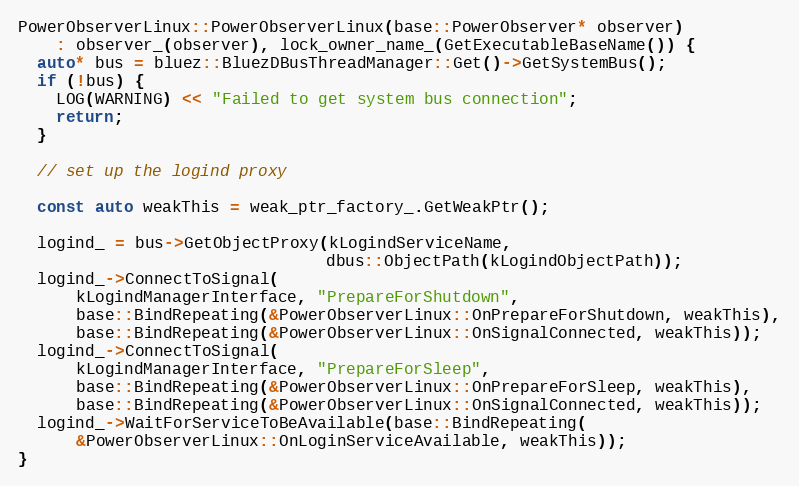
Language: C++
PowerObserverLinux::PowerObserverLinux(base::PowerObserver* observer)
    : observer_(observer), lock_owner_name_(GetExecutableBaseName()) {
  auto* bus = bluez::BluezDBusThreadManager::Get()->GetSystemBus();
  if (!bus) {
    LOG(WARNING) << "Failed to get system bus connection";
    return;
  }

  // set up the logind proxy

  const auto weakThis = weak_ptr_factory_.GetWeakPtr();

  logind_ = bus->GetObjectProxy(kLogindServiceName,
                                dbus::ObjectPath(kLogindObjectPath));
  logind_->ConnectToSignal(
      kLogindManagerInterface, "PrepareForShutdown",
      base::BindRepeating(&PowerObserverLinux::OnPrepareForShutdown, weakThis),
      base::BindRepeating(&PowerObserverLinux::OnSignalConnected, weakThis));
  logind_->ConnectToSignal(
      kLogindManagerInterface, "PrepareForSleep",
      base::BindRepeating(&PowerObserverLinux::OnPrepareForSleep, weakThis),
      base::BindRepeating(&PowerObserverLinux::OnSignalConnected, weakThis));
  logind_->WaitForServiceToBeAvailable(base::BindRepeating(
      &PowerObserverLinux::OnLoginServiceAvailable, weakThis));
}